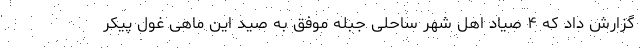
گزارش داد که ۴ صیاد اهل شهر ساحلی جبله موفق به صید این ماهی غول پیکر